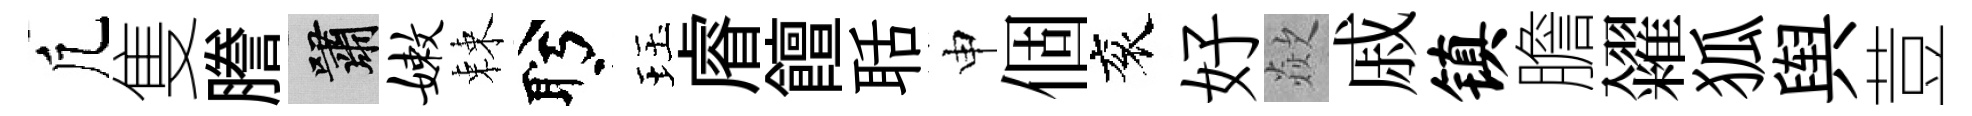
凢隻謄嘯嫩棘盻珏𥈠饘聒申個衮好歘戚镇膽糴狐舆荳